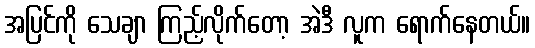
အပြင်ကို သေချာ ကြည့်လိုက်တော့ အဲဒီ လူက ရောက်နေတယ်။